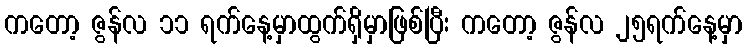
ကတော့ ဇွန်လ ၁၁ ရက်နေ့မှာထွက်ရှိမှာဖြစ်ပြီး ကတော့ ဇွန်လ ၂၅ရက်နေ့မှာ